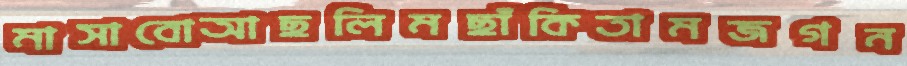
মাসাবোআছলিমছাঁকিতামজগন